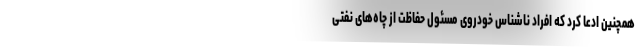
همچنین ادعا کرد که افراد ناشناس خودروی مسئول حفاظت از چاه‌های نفتی